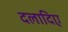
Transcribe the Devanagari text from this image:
दलादिए